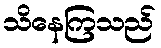
သိနေကြသည်